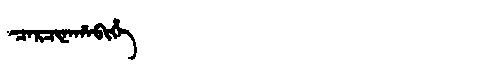
Manchu: ᠴᠠᡵᠴᡳᠨᠠᡥᠠᠪᡳᡥᡝ
Romanization: CARCINAHABIHE